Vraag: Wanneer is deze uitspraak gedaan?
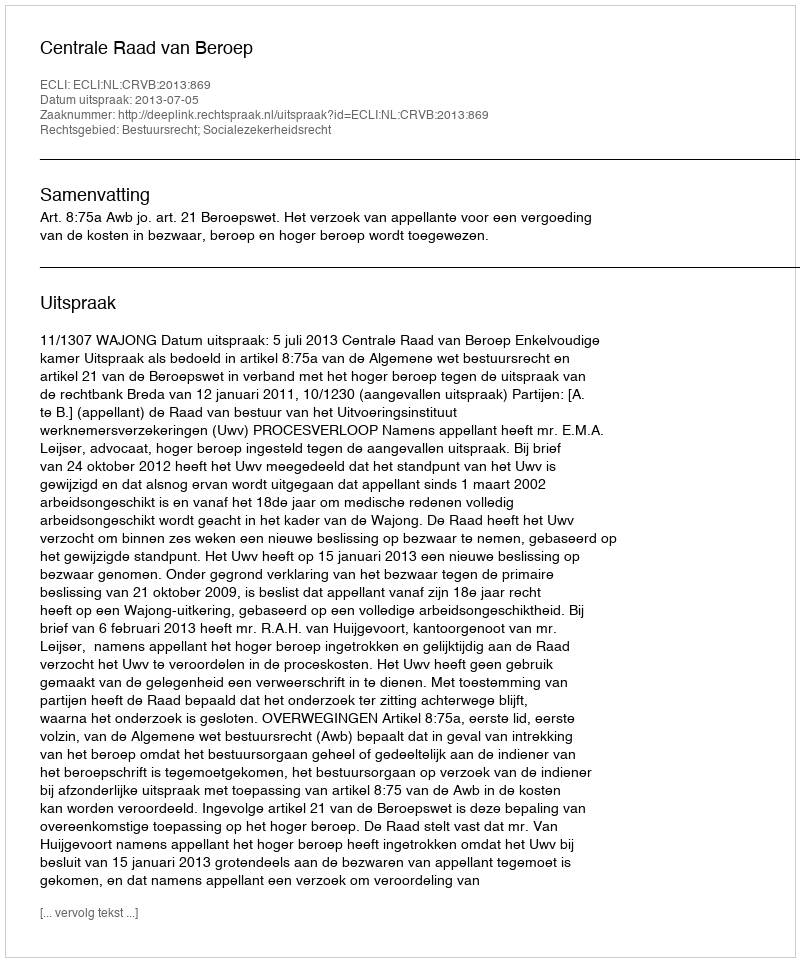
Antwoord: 2013-07-05